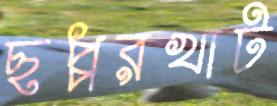
ছপ্পরখাট